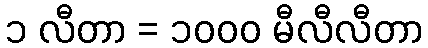
၁ လီတာ = ၁၀၀၀ မီလီလီတာ